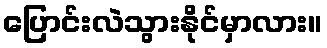
ပြောင်းလဲသွားနိုင်မှာလား။